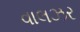
વાલઝર